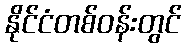
နိုင်ငံတစ်ဝန်းတွင်